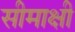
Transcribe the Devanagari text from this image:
सीमाक्षी